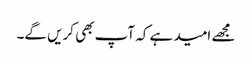
مجھے امید ہے کہ آپ بھی کریں گے۔